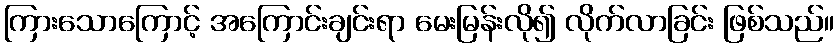
ကြားသောကြောင့် အကြောင်းချင်းရာ မေးမြန်းလို၍ လိုက်လာခြင်း ဖြစ်သည်။